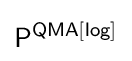
{\mathsf {P^{QMA[log]}}}